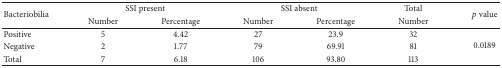
| <ROWSPAN=2> Bacteriobilia | <COLSPAN=2> SSI present | <COLSPAN=2> SSI absent | Total | <ROWSPAN=2> p value |
 | Number | Percentage | Number | Percentage | Number |
 | --- | --- | --- | --- | --- | --- | --- |
 | Positive | 5 | 4.42 | 27 | 23.9 | 32 | <ROWSPAN=3> 0.0189 |
 | Negative | 2 | 1.77 | 79 | 69.91 | 81 |
 | Total | 7 | 6.18 | 106 | 93.80 | 113 |